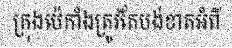
ក្រុងប៉េកាំងត្រូវតែបង់ខាតអំពី